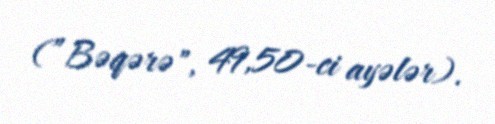
(”Bəqərə", 49,50-ci ayələr).